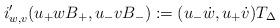
LaTeX: \begin{align*}i'_{w,v} (u_+ w B_+, u_- v B_-) := (u_- \dot{w}, u_+ \dot{v}) T_\Delta\end{align*}